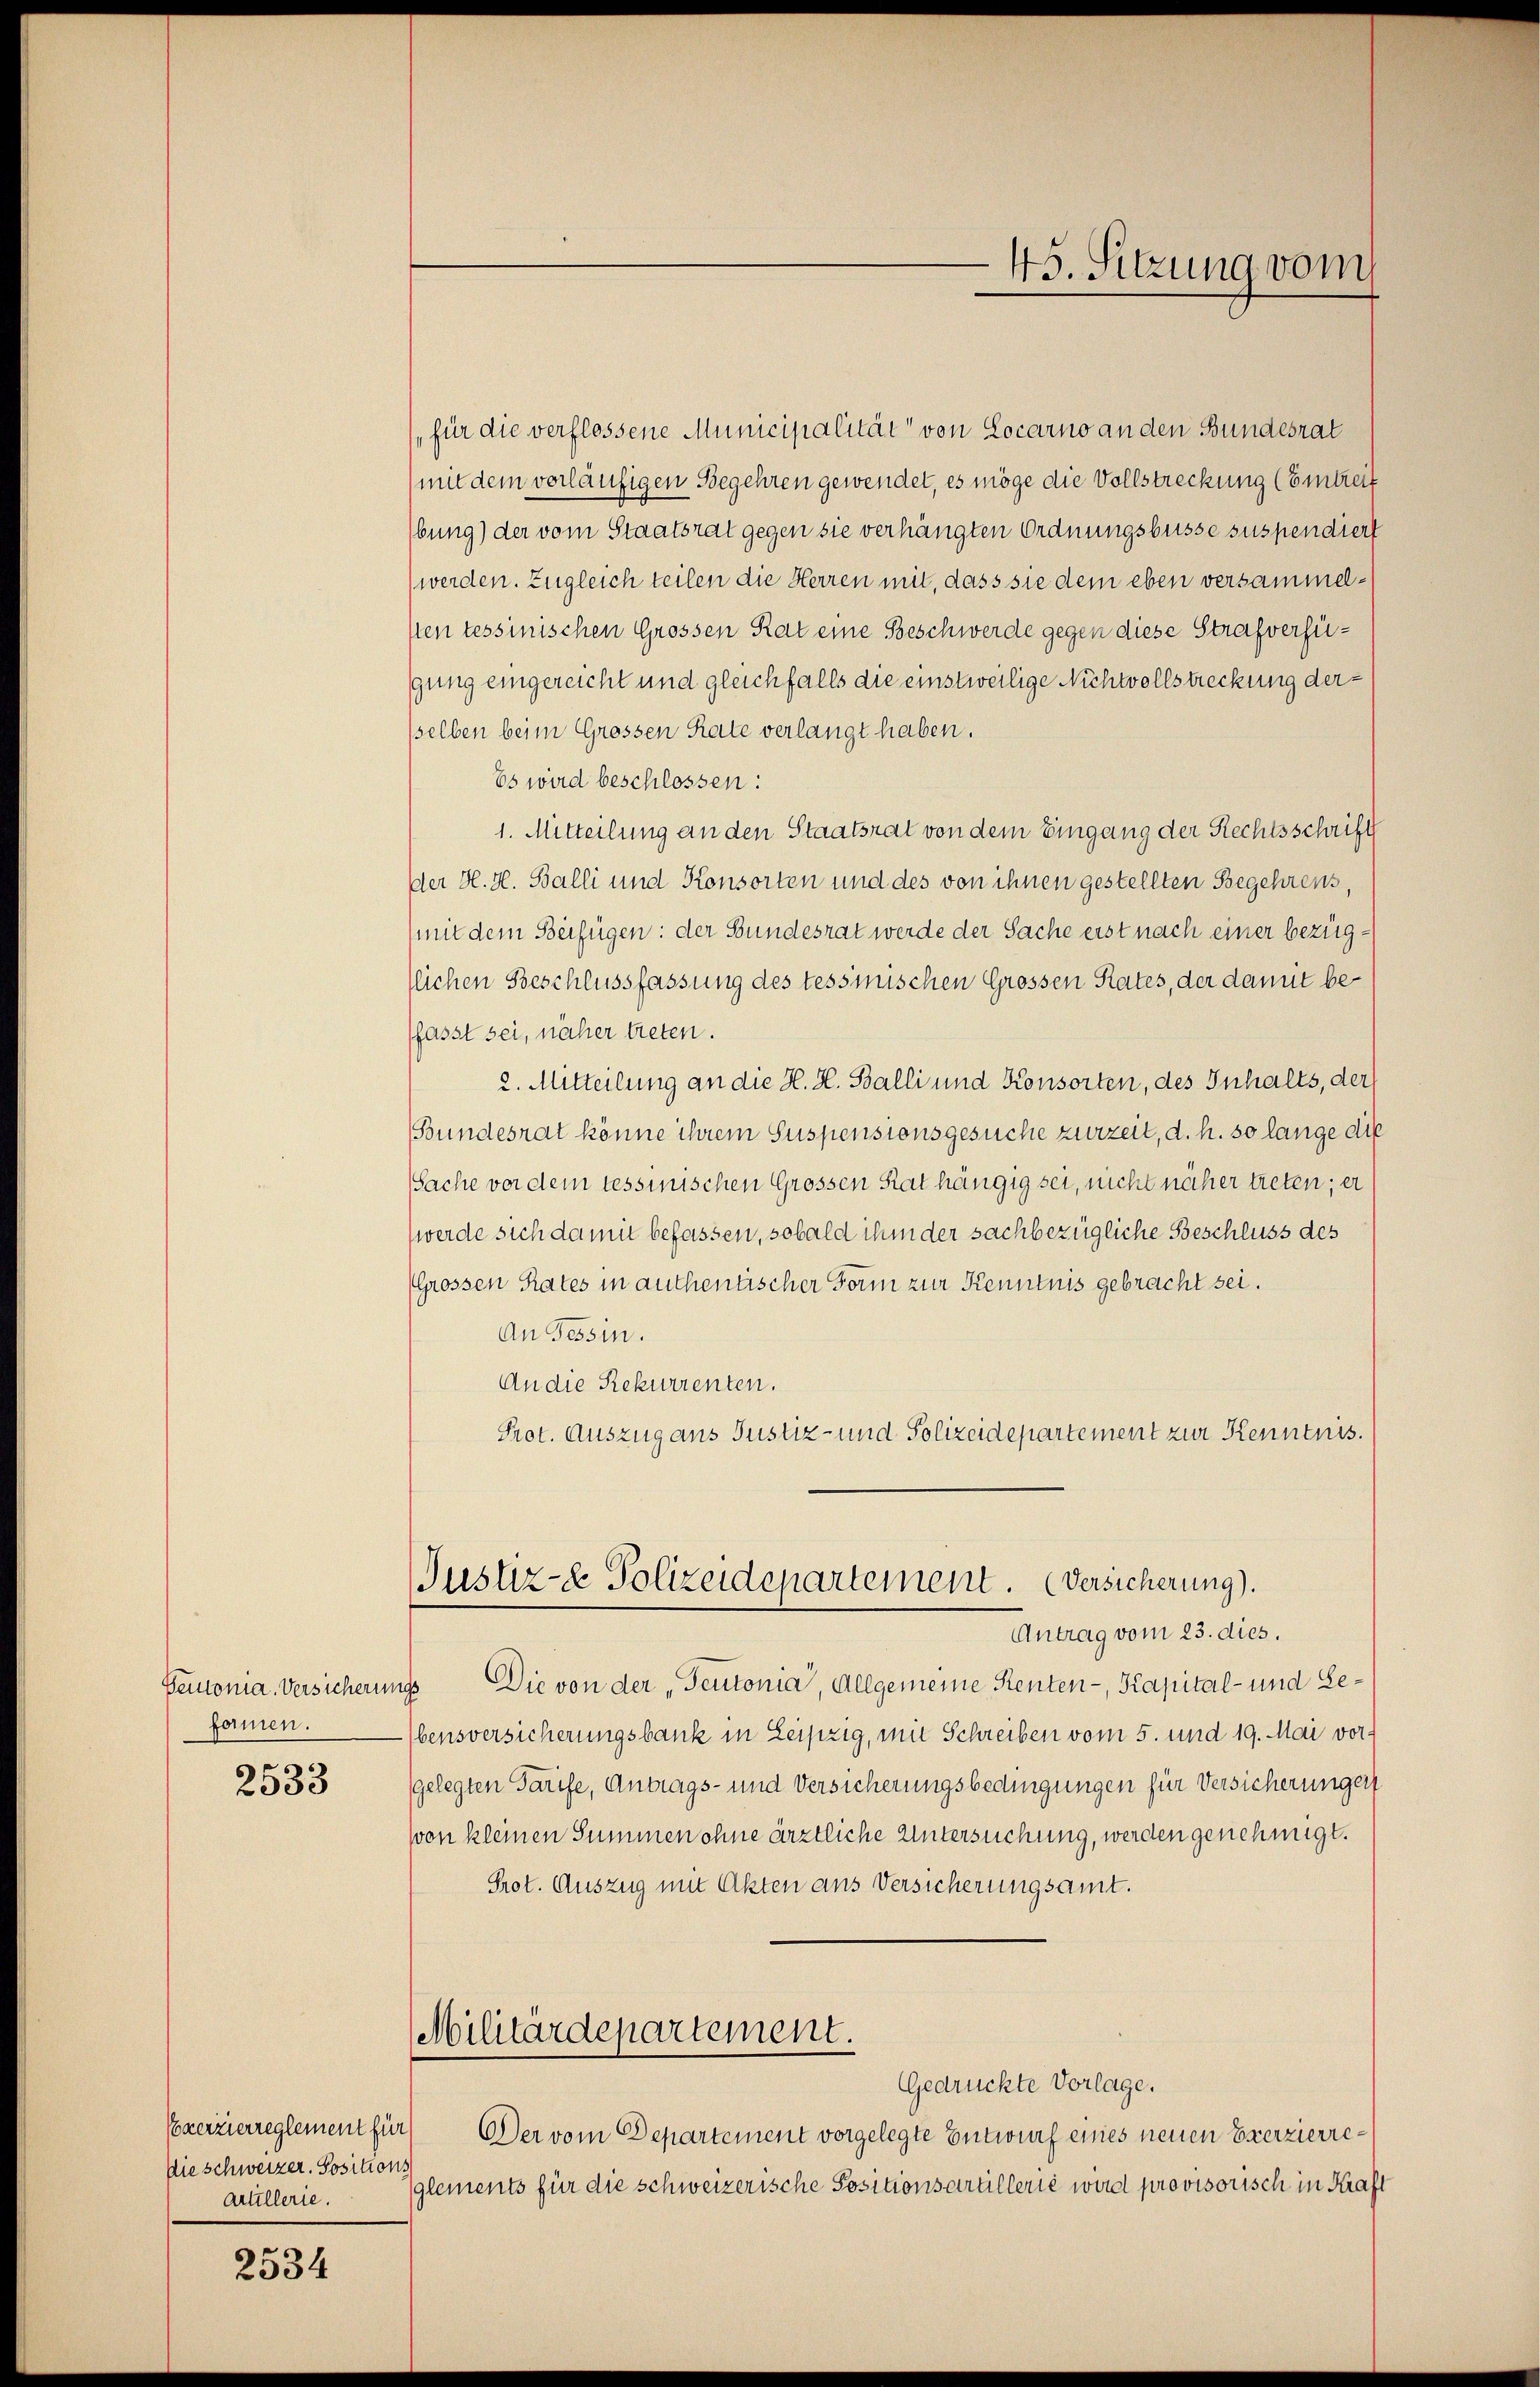
formen.

2533

Die schweizer. Positions
Artillerie.

2534

45. Sitzung vom

für die verflossene Municipalität“ von Locarno an den Bundesrat
mit dem vorläufigen Begehren gewendet, es möge die Vollstreckung (Eintrett
bung) der vom Staatsrat gegen sie verhängten Ordnungsbusse suspendiert
werden. Zugleich teilen die Herren mit, dass sie dem eben versammelsten tessinischen Grossen Rat eine Beschwerde gegen diese Strafverfügung eingereicht und gleichfalls die einstweilige Nichtvollstreckung dersselben beim Grossen Rate verlangt haben.
Es wird beschlossen:
1. Mitteilung an den Staatsrat von dem Eingang der Rechtsschrift
der H. H. Balli und Konsorten und des von ihnen gestellten Begehrens,
(mit dem Beifügen: der Bundesrat werde der Sache erst nach einer bezügtlichen Beschlussfassung des tessinischen Grossen Rates, der damit beffasst sei, näher treten.
2. Mitteilung an die H. H. Balli und Konsorten, des Inhalts, der
Bundesrat könne ihrem Suspensionsgesuche zurzeit, d. h. so lange die
Sache vor dem Tessinischen Grossen Rat hängig sei, nicht näher treten; er
werde sich damit befassen, sobald ihm der sachbezügliche Beschluss des
Grossen Rates in authentischer Form zur Kenntnis gebracht sei.
An Tessin.
An die Rekurrenten.
Prot. Auszug aus Justiz- und Polizeidepartement zur Kenntnis.
Justiz- & Polizeidepartement. (Versicherung).
Antrag vom 23. dies.
Pemonia. Versicherungs Die von der „Teutonia, Allgemeine Renten-, Kapital- und Gebensversicherungsbank in Leipzig, mit Schreiben vom 5. und 19. Mai vorgelegten Tarife, Antrags- und Versicherungsbedingungen für Versicherungen
von kleinen Summen ohne ärztliche Untersuchung, werden genehmigt.
Prot. Auszug mit Akten aus Versicherungsamt.
Militärdepartement.
Gedrückte Vorlage.
Exerzierreglement für Der vom Departement vorgelegte Entwurf eines neuen Exerzierreglements für die schweizerische Positionsartillerie wird provisorisch in Kraft